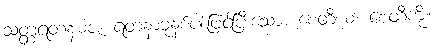
သတ္တရတနဓဇံ၊ ရတနာခုနစ်ပါးဖြင့်ပြီးသော။ စေတီယံ၊ စေတီကို။